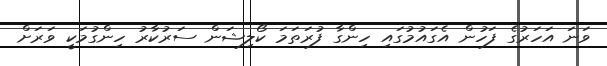
ވަނަ އަހަރުގެ ފަހުން އެގައުމުގައި ހިންގާ ފުރަތަމަ ކޯލިޝަން ސަރުކާރު ހިންގުމަކީ ވަރަށް